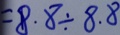
= 8 . 8 \div 8 . 8